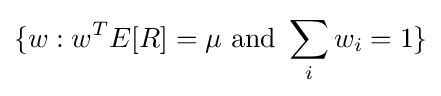
\{w:w^{T}E[R]=\mu {\text{ and }}\sum _{i}w_{i}=1\}